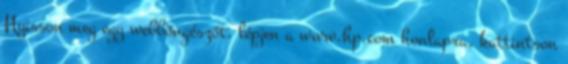
Nyisson meg egy webböngészőt, lépjen a www.hp.com honlapra, kattintson